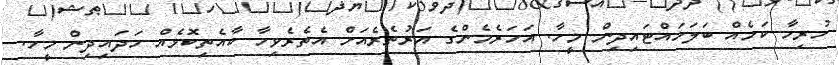
ހުރިހާ ކަމެއް ބަލަހައްޓައިދިން މީހާ. އަހަރެމެންގެ އަރުތެރެއަށް އެތެރެވިހާ ކާއެތިކޮޅެއް ހަދައިދިން މީހާ.